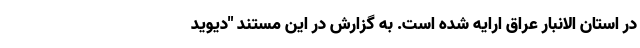
در استان الانبار عراق ارایه شده است. به گزارش در این مستند "دیوید